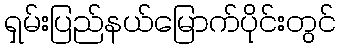
ရှမ်းပြည်နယ်မြောက်ပိုင်းတွင်